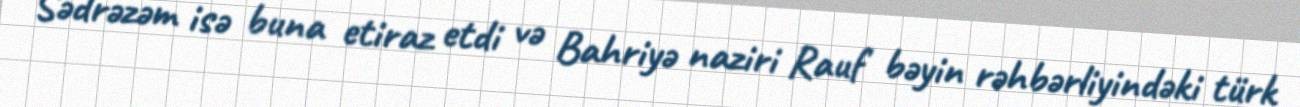
Sədrəzəm isə buna etiraz etdi və Bahriyə naziri Rauf bəyin rəhbərliyindəki türk